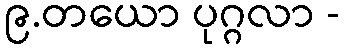
၉.တယော ပုဂ္ဂလာ -